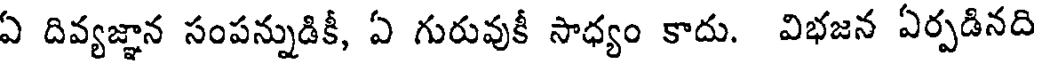
ఏ దివ్యజ్ఞాన సంపన్నుడికీ, ఏ గురువుకీ సాధ్యం కాదు. విభజన ఏర్పడినది